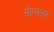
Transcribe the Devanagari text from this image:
नोप्फ्लर